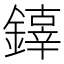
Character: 𨬟